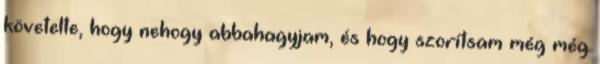
követelte, hogy nehogy abbahagyjam, és hogy szorítsam még még